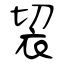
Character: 袃